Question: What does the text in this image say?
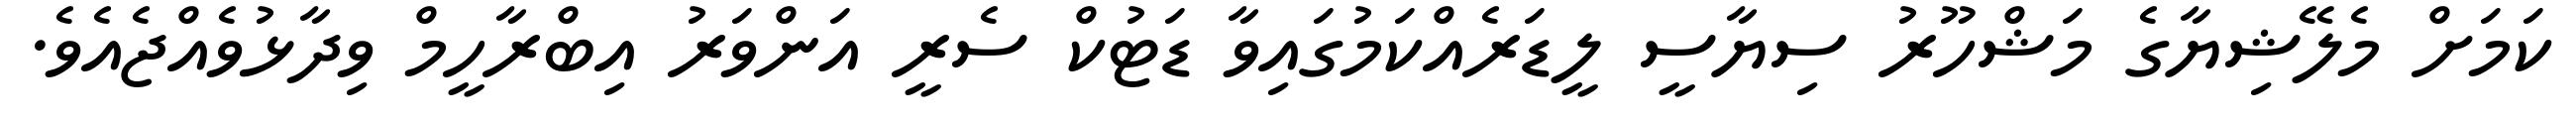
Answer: ކަމަށް މެލޭޝިޔާގެ މަޝްހޫރު ސިޔާސީ ލީޑަރެއްކަމުގައިވާ ޑަޓުކް ސެރީ އަންވަރު އިބްރާހީމް ވިދާޅުވެއްޖެއެވެ.